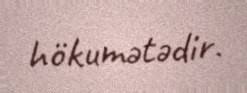
hökumətədir.